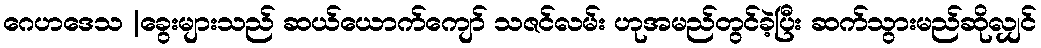
ဂေဟဒေသ |ခွေးများသည် ဆယ်ယောက်ကျော် သဇင်လမ်း ဟုအမည်တွင်ခဲ့ပြီး ဆက်သွားမည်ဆိုလျှင်